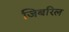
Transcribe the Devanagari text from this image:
जिबरिल